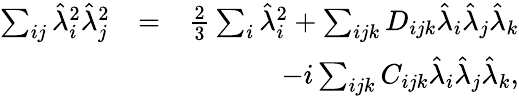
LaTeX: \begin{array}{rlr}{\sum_{ij}\hat{\lambda}_{i}^{2}\hat{\lambda}_{j}^{2}}&{=}&{\frac{2}{3}\sum_{i}\hat{\lambda}_{i}^{2}+\sum_{ijk}D_{ijk}\hat{\lambda}_{i}\hat{\lambda}_{j}\hat{\lambda}_{k}}\\ &{}&{-i\sum_{ijk}C_{ijk}\hat{\lambda}_{i}\hat{\lambda}_{j}\hat{\lambda}_{k},}\end{array}